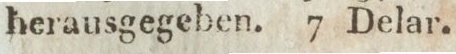
herausgegeben. 7 Delar.